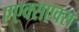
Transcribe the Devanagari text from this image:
एएक्सएक्स